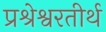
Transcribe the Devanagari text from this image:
प्रश्रेश्वरतीर्थ